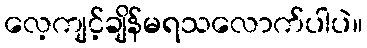
လေ့ကျင့်ချိန်မရသလောက်ပါပဲ။